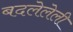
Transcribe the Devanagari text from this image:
बदलेलेली